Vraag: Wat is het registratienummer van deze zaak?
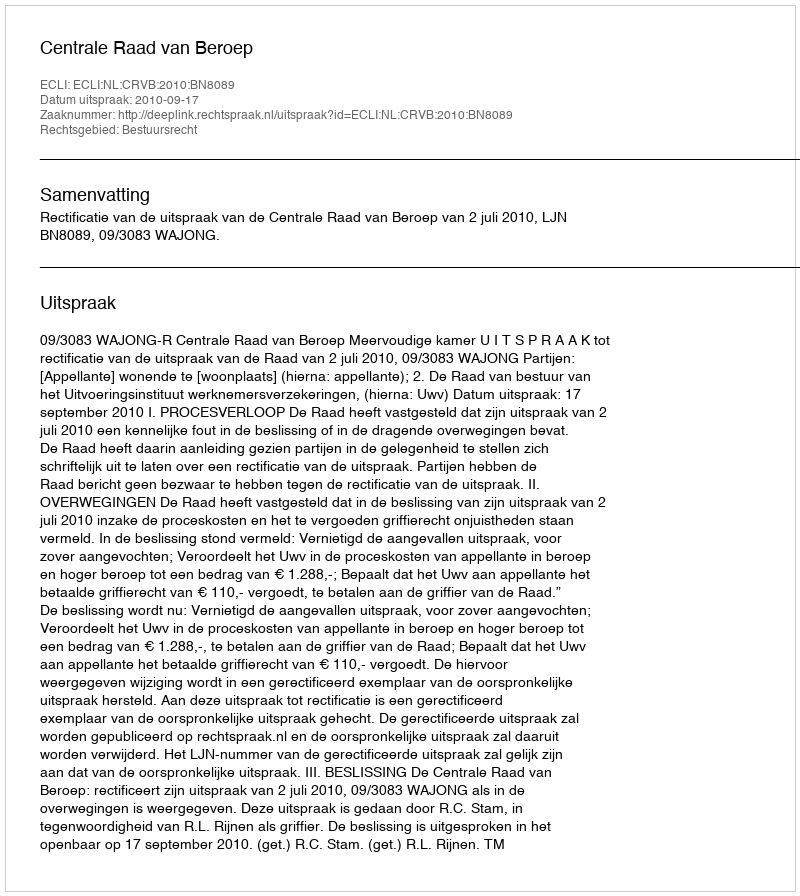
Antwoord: http://deeplink.rechtspraak.nl/uitspraak?id=ECLI:NL:CRVB:2010:BN8089